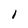
Character: I